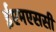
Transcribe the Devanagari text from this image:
ईएमएससी